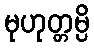
မုဟုတ္တမ္ပိ